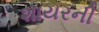
શાયરની